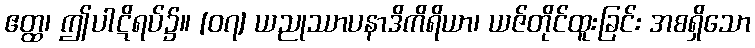
ဧတ္ထ၊ ဤပါဋိရပ်၌။ [၀၇] ယညုဿာပနာဒိကိရိယာ၊ ယဇ်တိုင်ထူးခြင်း အစရှိသော